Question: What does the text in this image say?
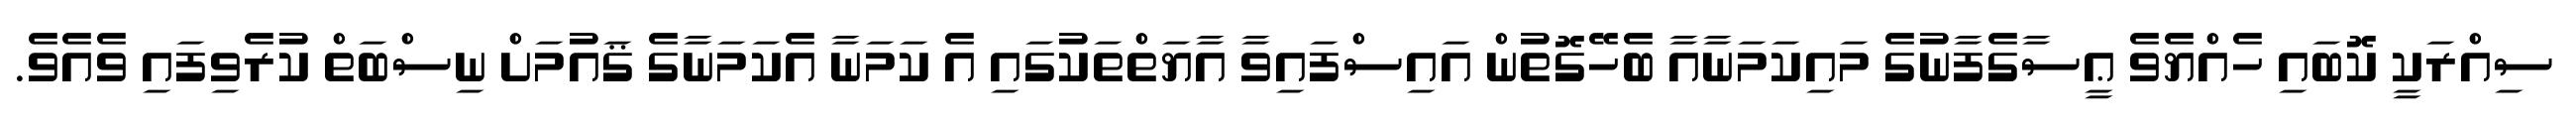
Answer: ސިއްރަކީ ކޮބައި ހެއްޔެވެ ޢީސާގެފާނުގެ މައިކަމަނާއާ ބެހޭގޮތުން އައިސްފައިވާ އާޔަތްތަކުގައި އެ ކަމަނާ އެކަމަނާގެ ޤައުމަށް ނިސްބަތް ކުރެވިފައި ވެއެވެ.